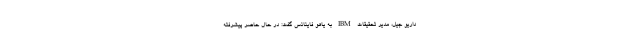
داریو جیل، مدیر تحقیقات IBM به یاهو فاینانس گفت: در حال حاضر پیشرفته